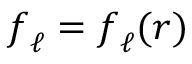
\boldsymbol { f } _ { \ell } = \boldsymbol { f } _ { \ell } ( \boldsymbol { r } )